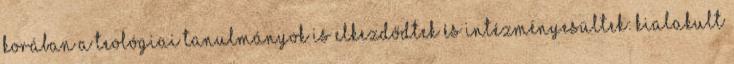
korában a teológiai tanulmányok is elkezdődtek és intézményesültek: kialakult